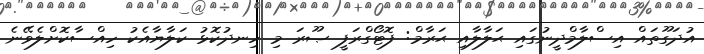
އުދަގޫތައް އިސްލާމްދީނުގައި ޙަލާލާއި ޙަރާމް: ފޮޓޯގްރަފީ ޞޫރަ މި ހިނދުކޮޅު ކަލާޔާއެކު ހިއްސާކޮށްލެވޭނެ